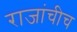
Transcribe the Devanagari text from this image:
राजांचीच